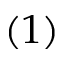
( 1 )